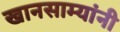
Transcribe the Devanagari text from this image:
खानसाम्यांनी